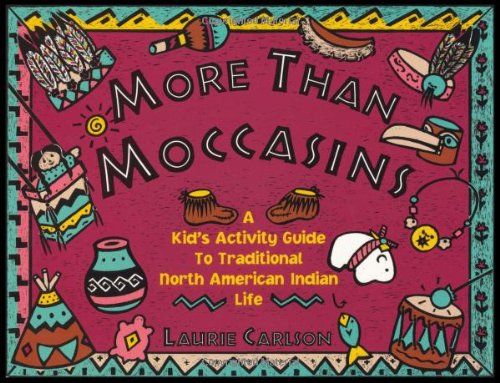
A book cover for More Than Moccasins: A Kid's Activity Guide to Traditional North American Indian Life (Hands-On History); Laurie Carlson; Children's Books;